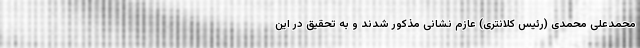
محمدعلی محمدی (رئیس کلانتری) عازم نشانی مذکور شدند و به تحقیق در این